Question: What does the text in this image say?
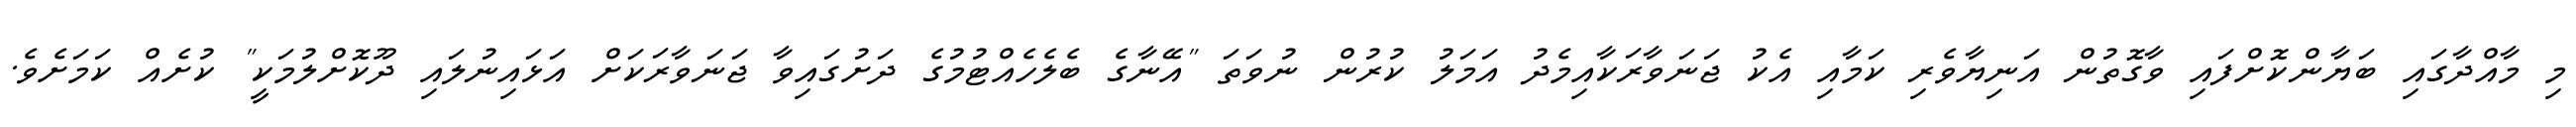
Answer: މި މާއްދާގައި ބަޔާންކޮށްފައި ވާގޮތުން އަނިޔާވެރި ކަމާއި އެކު ޖަނަވާރަކާއިމެދު އަމަލު ކުރުން ނުވަތަ "އޭނާގެ ބެލެހެއްޓުމުގެ ދަށުގައިވާ ޖަނަވާރަކަށް އަޅައިނުލައި ދޫކޮށްލުމަކީ" ކުށެއް ކަމަށެވެ.